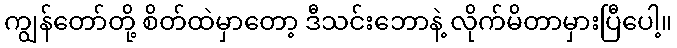
ကျွန်တော်တို့ စိတ်ထဲမှာတော့ ဒီသင်းဘောနဲ့ လိုက်မိတာမှားပြီပေါ့။